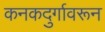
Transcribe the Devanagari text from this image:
कनकदुर्गावरून